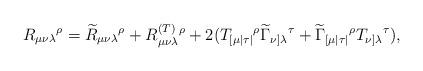
LaTeX: \begin{align*}R_{\mu \nu \lambda }{}^{\rho }=\widetilde{R}_{\mu \nu \lambda }{}^{\rho}+R_{\mu \nu \lambda }^{{\footnotesize (T)}}{}^{\rho }+2(T_{[\mu \mid \tau\mid }{}^{\rho }\widetilde{\Gamma }_{\nu ]\lambda }{}^{\tau }+\widetilde{\Gamma }_{[\mu \mid \tau \mid }{}^{\rho }T_{\nu ]\lambda }{}^{\tau }),\end{align*}